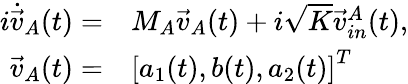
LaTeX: \begin{array}{rl}{i\dot{\vec{v}}_{A}(t)=}&{{}M_{A}\vec{v}_{A}(t)+i\sqrt{K}\vec{v}_{in}^{A}(t),}\\ {\vec{v}_{A}(t)=}&{{}\left[a_{1}(t),b(t),a_{2}(t)\right]^{T}}\end{array}